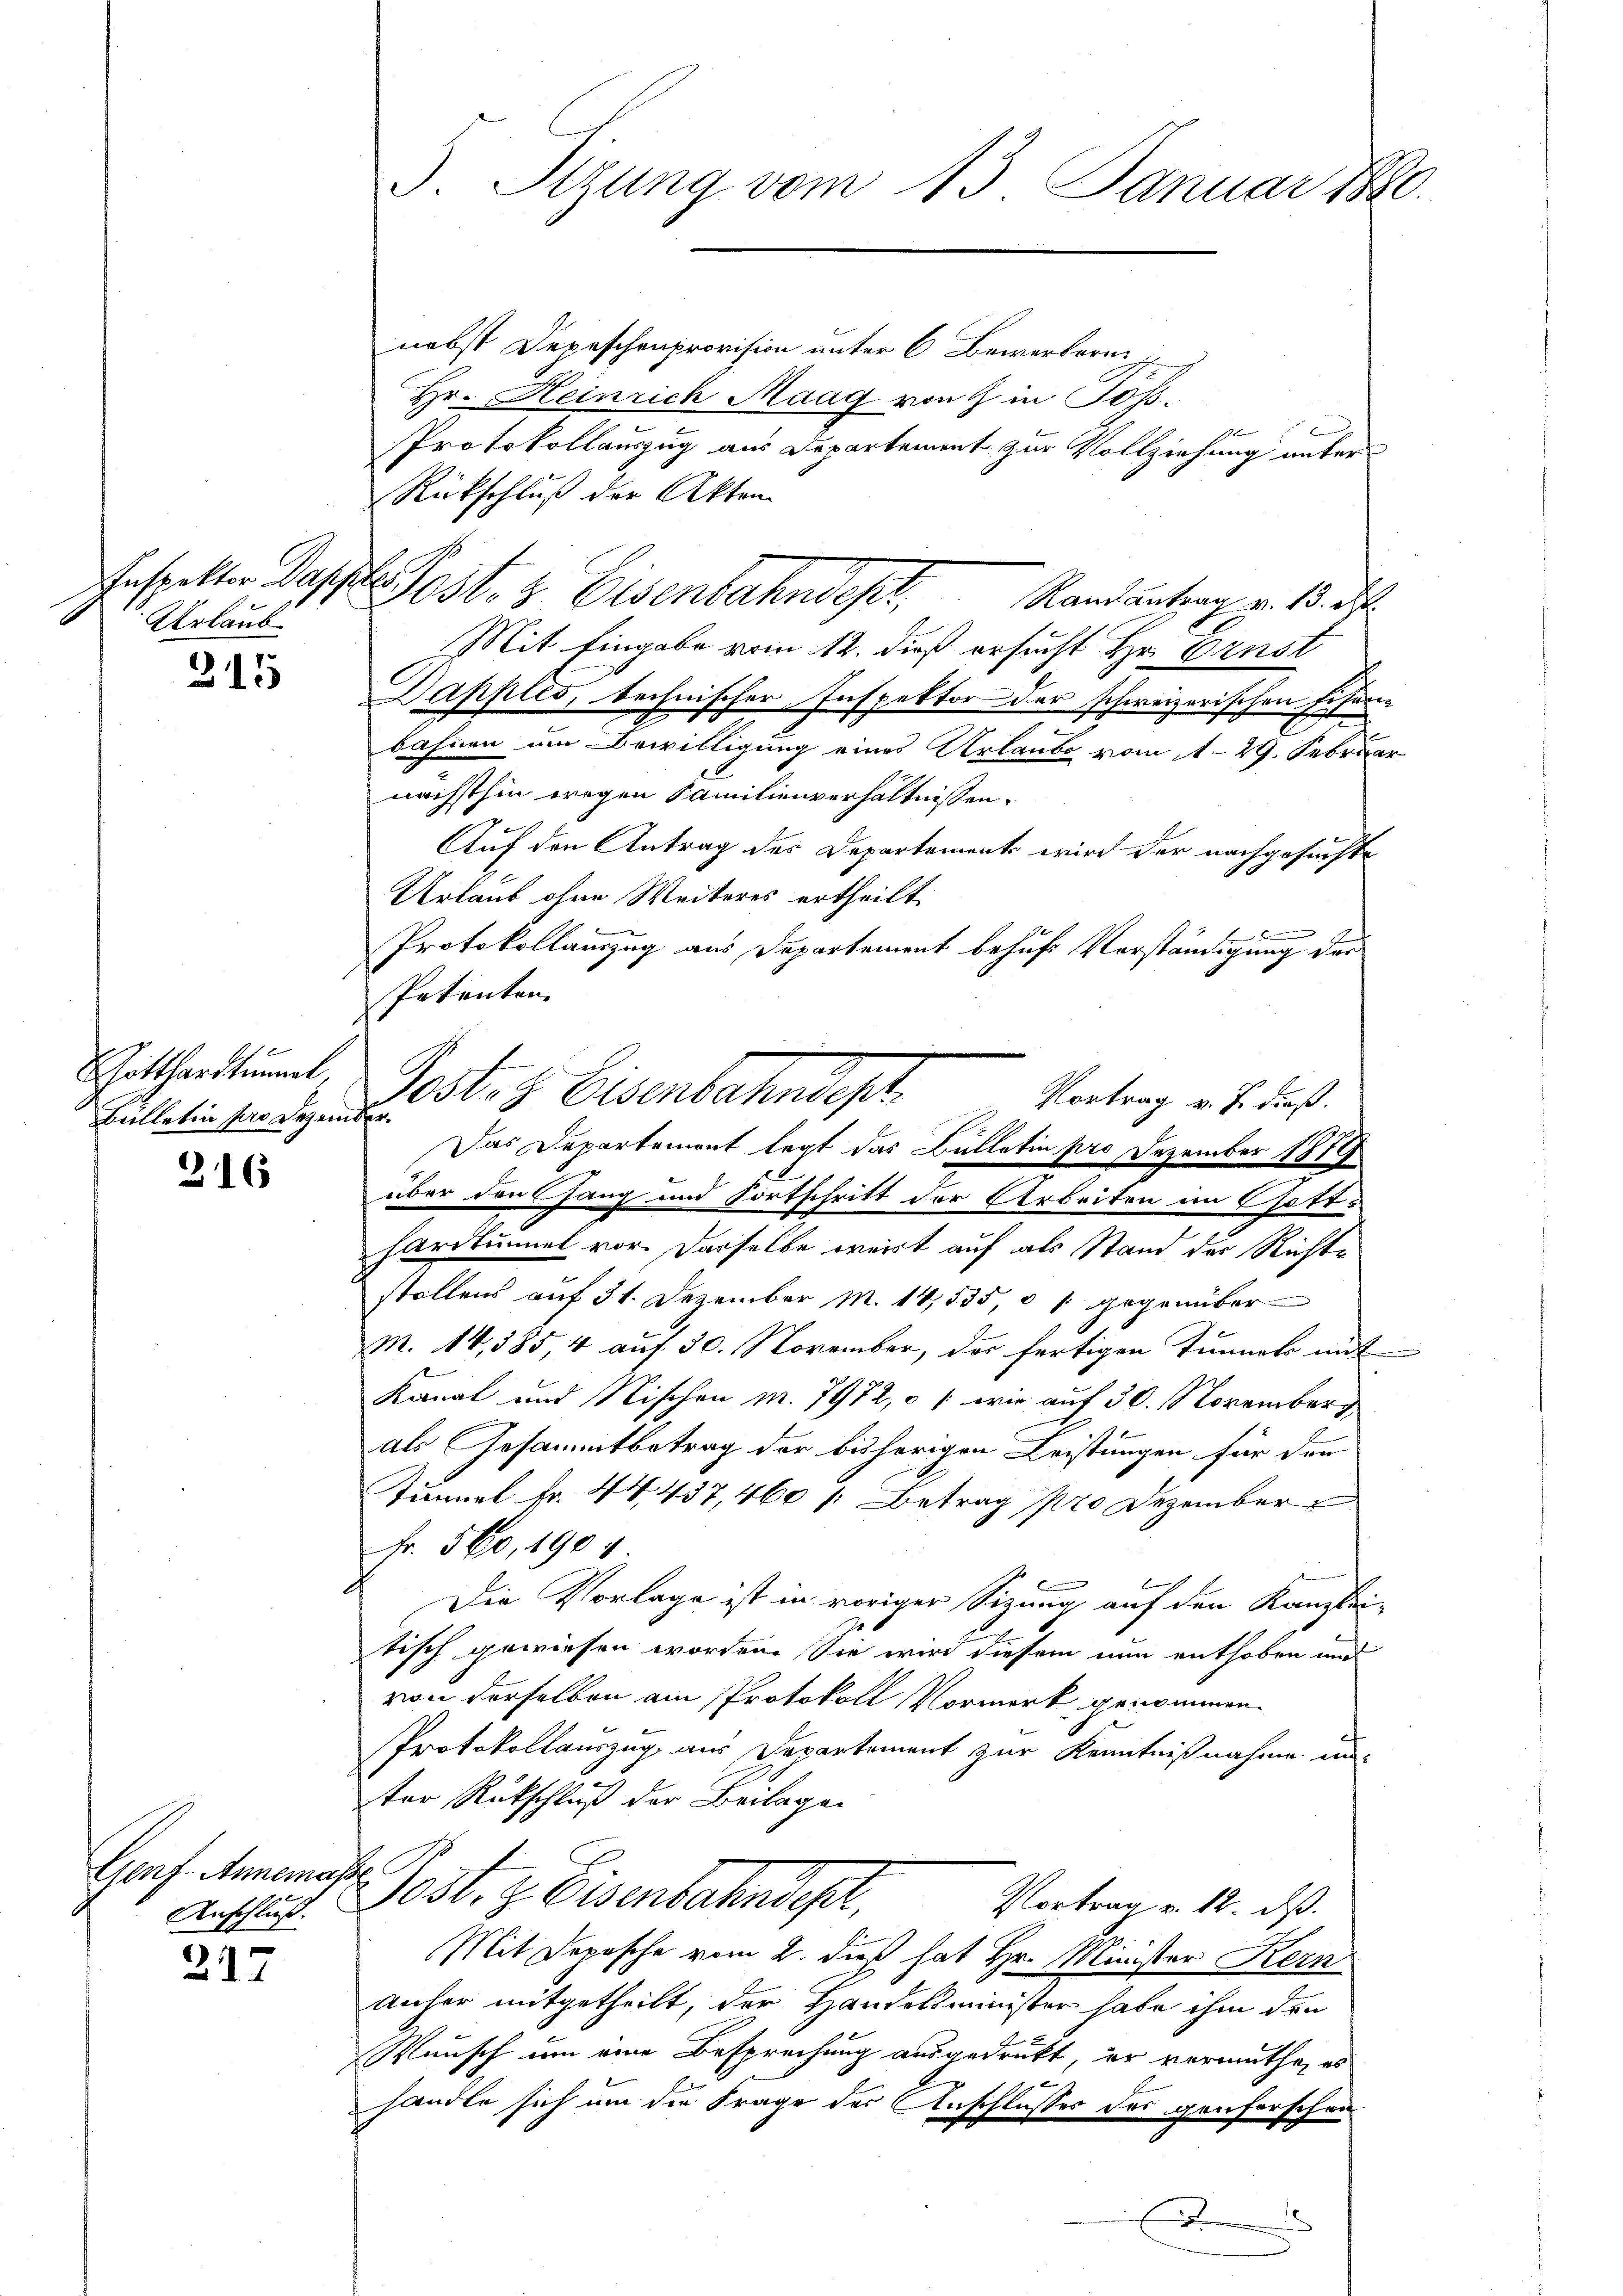
Urlaub

315

216

ohekennen
Anschluß.

217

Gotthardtummt,
Bülletin der Dezember.

3. Sitzung vom 13. Januar 1890.

nebst Depeschenprovision unter 6 Bewerberi
Hr. Heinrich Maag von Z. in Toss¬
Protokollauszug aus Departement zur Vollziehung unter
Rückschluß der Akten
fespalten Darst Post- & Eisenbahndeper,
Randantrag v. 13. d.
Mit Eingabe vom 12. dieß ersucht Hr. Ernst
Dapples, technischer Inspektor der schweizerischen Eisen-
bahnen am Bewilligung eines Urlaube vom 1. 29. Februar
nächsthin wegen Familienverhältnissen.
Auf den Antrag des Departements wird der nachgesuchte
Urlaub ohne Weiteres ertheilt.

Protokollauszug aus Departement behufs Vorständigung der
Patenten.
Postes Eisenbahndepl
Vortrag v. J. dieß.
Das Departemont legt das Ballatin pro Dezember 1879
über den Gang und Fortschritt der Arbeiten im Gotthardtunnel vor. Dasselbe weist auf als Stand der Richte
stollens auf 31. Dezember M. 14,535, es gegenüber¬
M. 14,385 4 auf 30. November, der fertigen Tunnels mit
Kanal und Nischen M. 7972, o 1 wie auf 30. Novemberg
als Gesammtbetrag der bisherigen Leistungen für der
Tunnel Fr. 44437, 460 /: Betrag pro Dezember
Fr. 560, 1904.
Die Vorlage ist in voriger Sitzung auf den Kanzlei-
tisch gewiesen worden. Sie wird diesem nun enthoben und
von derselben am Protokoll Vormerk genommen.
Protokollauszug aus Departement zur Kenntnißnahme un
ter Rückschluß der Beilagen
d
Post- & Eisenbahndet,
Vortrag v. 12. ds.
Mit Depesche vom 2. dieß hat Hr. Minister Kern
Anher mitgetheilt, der Handelsminister habe ihm den
Wunsch um eine Besprechung ausgedrukt, er vermuthe, es
handle sich um die Frage der Anschlusses des genforschen